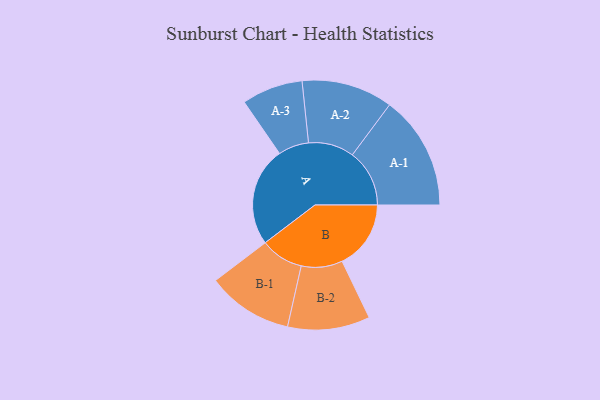
{"axis": {"x": "Segment", "y": "Value"}, "legend": ["", "A", "B"], "data": [{"x": "A", "y": 441, "type": ""}, {"x": "B", "y": 306, "type": ""}, {"x": "A-1", "y": 254, "type": "A"}, {"x": "A-2", "y": 203, "type": "A"}, {"x": "A-3", "y": 136, "type": "A"}, {"x": "B-1", "y": 191, "type": "B"}, {"x": "B-2", "y": 183, "type": "B"}]}